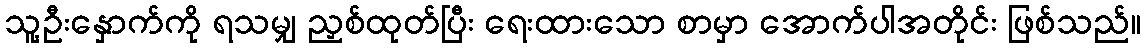
သူ့ဦးနှောက်ကို ရသမျှ ညှစ်ထုတ်ပြီး ရေးထားသော စာမှာ အောက်ပါအတိုင်း ဖြစ်သည်။